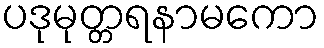
ပဒုမုတ္တရနာမကော